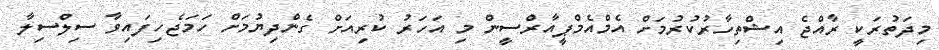
މިދަތުރަކީ ރާއްޖެ އިޝްތިހާރުކުރުމަށް އެމްއެމްޕީއާރްސީން މި އަހަރު ކުރިއަށް ގެންދިޔުމަށް ހަމަޖެހިފައިވާ ސިލްސިލާ